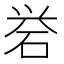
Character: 𪿝